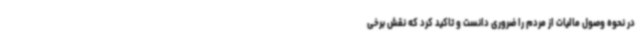
در نحوه وصول مالیات از مردم را ضروری دانست و تاکید کرد که نقش برخی